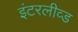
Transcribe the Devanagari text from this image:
इंटरलीव्ड